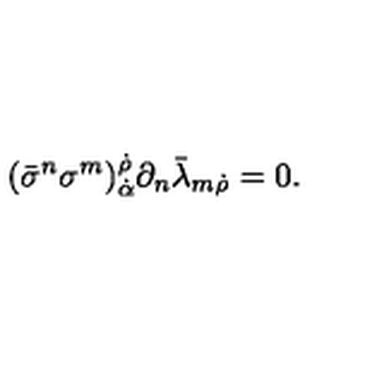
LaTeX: ( \bar { \sigma } ^ { n } \sigma ^ { m } ) _ { \dot { \alpha } } ^ { \dot { \rho } } \partial _ { n } \bar { \lambda } _ { m \dot { \rho } } = 0 .